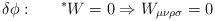
LaTeX: \begin{align*}\delta{\phi} :~~~~~^{*}W=0\Rightarrow W_{\mu\nu\rho\sigma}=0\end{align*}